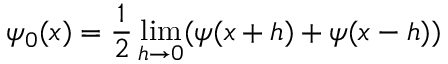
\quad \psi _ { 0 } ( x ) = { \frac { 1 } { 2 } } \operatorname* { l i m } _ { h \to 0 } ( \psi ( x + h ) + \psi ( x - h ) )